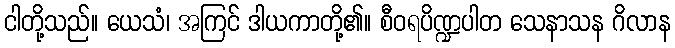
ငါတို့သည်။ ယေသံ၊ အကြင် ဒါယကာတို့၏။ စီဝရပိဏ္ဍပါတ သေနာသန ဂိလာန